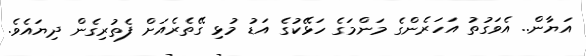
އަޔާން.. އެވަގުތު އަހަރެންގެ މަންމަގެ ހަޅޭކުގެ އަޑު މުޅި ގޭތެރެއަށް ފެތުރިގެން ދިޔައެވެ.